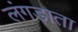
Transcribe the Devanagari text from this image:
लंगड़ाता